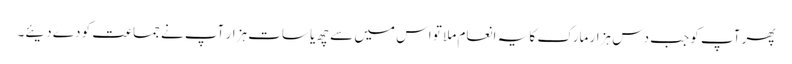
پھر آپ کو جب دس ہزار مارک کا یہ انعام ملا تو اس میں سے چھ یا سات ہزار آپ نے جماعت کو دے دیئے۔